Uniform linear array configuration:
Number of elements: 12
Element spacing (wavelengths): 0.75
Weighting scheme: kaiser
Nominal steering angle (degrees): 15
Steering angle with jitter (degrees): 15.458
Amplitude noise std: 0.05
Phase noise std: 0.05

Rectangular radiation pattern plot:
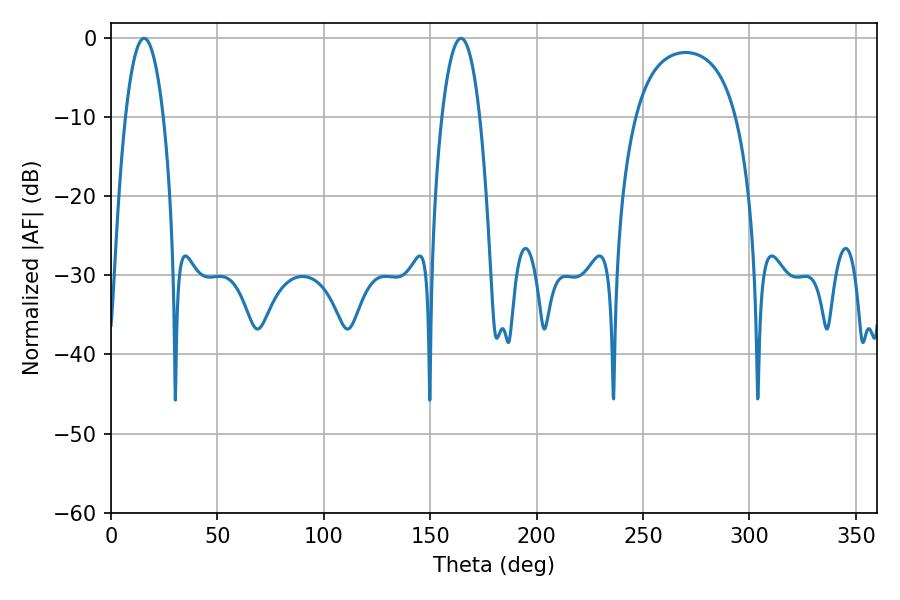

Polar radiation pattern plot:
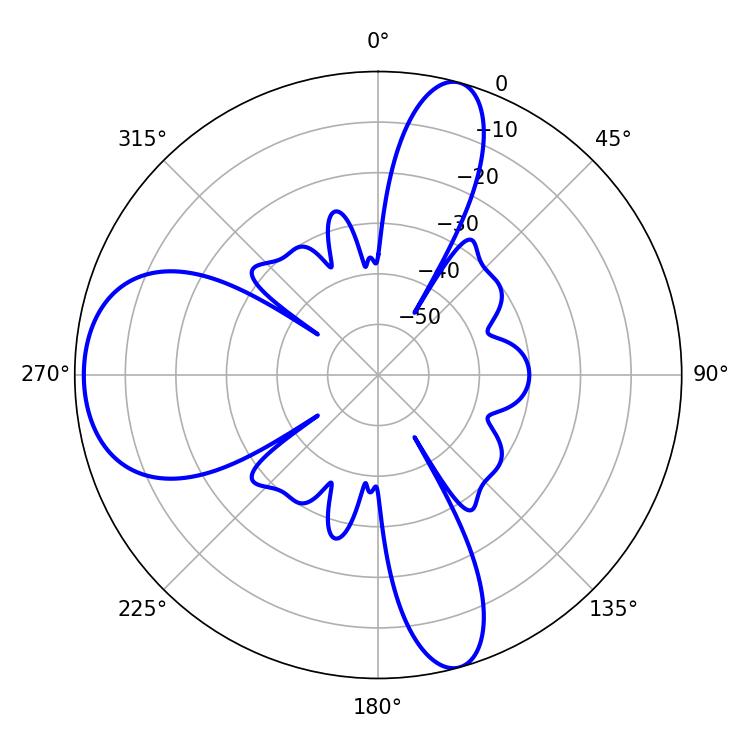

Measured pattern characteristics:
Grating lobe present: TRUE
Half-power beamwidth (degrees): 9.9
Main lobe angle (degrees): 15.48